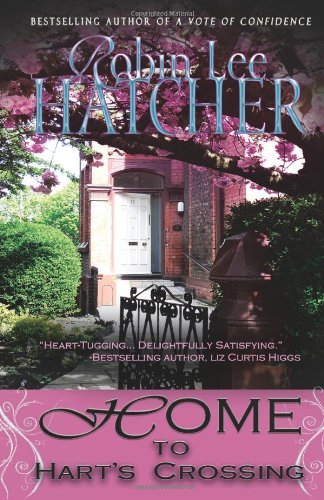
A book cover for Home To Hart's Crossing; Robin Lee Hatcher; Christian Books & Bibles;